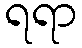
ရရာ